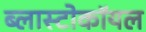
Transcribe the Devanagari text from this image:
ब्लास्टोकॉयल